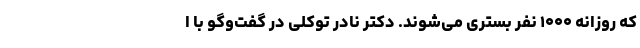
که روزانه ۱۰۰۰ نفر بستری می‌شوند. دکتر نادر توکلی در گفت‌وگو با ا